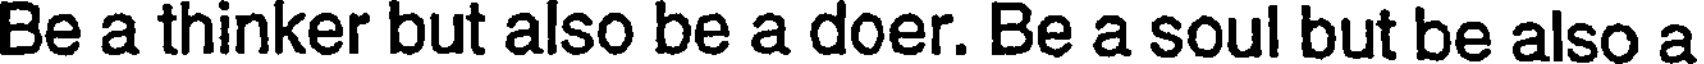
Be a thinker but also be a doer. Be a soul but be also a